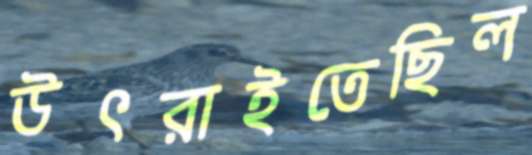
উৎরাইতেছিল